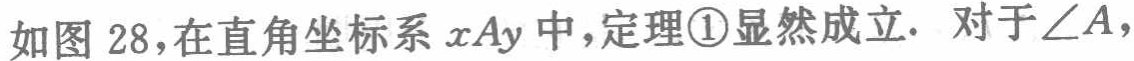
如图 28，在直角坐标系 \(xAy\) 中，定理\textcircled{1}显然成立. 对于\(\angle A\)，